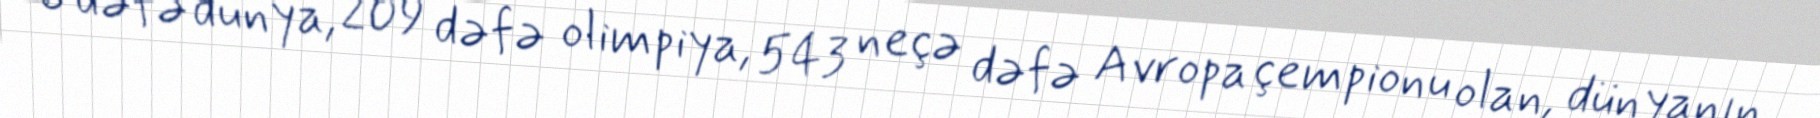
6 dəfə dünya, 209 dəfə olimpiya, 543 neçə dəfə Avropa çempionu olan, dünyanın